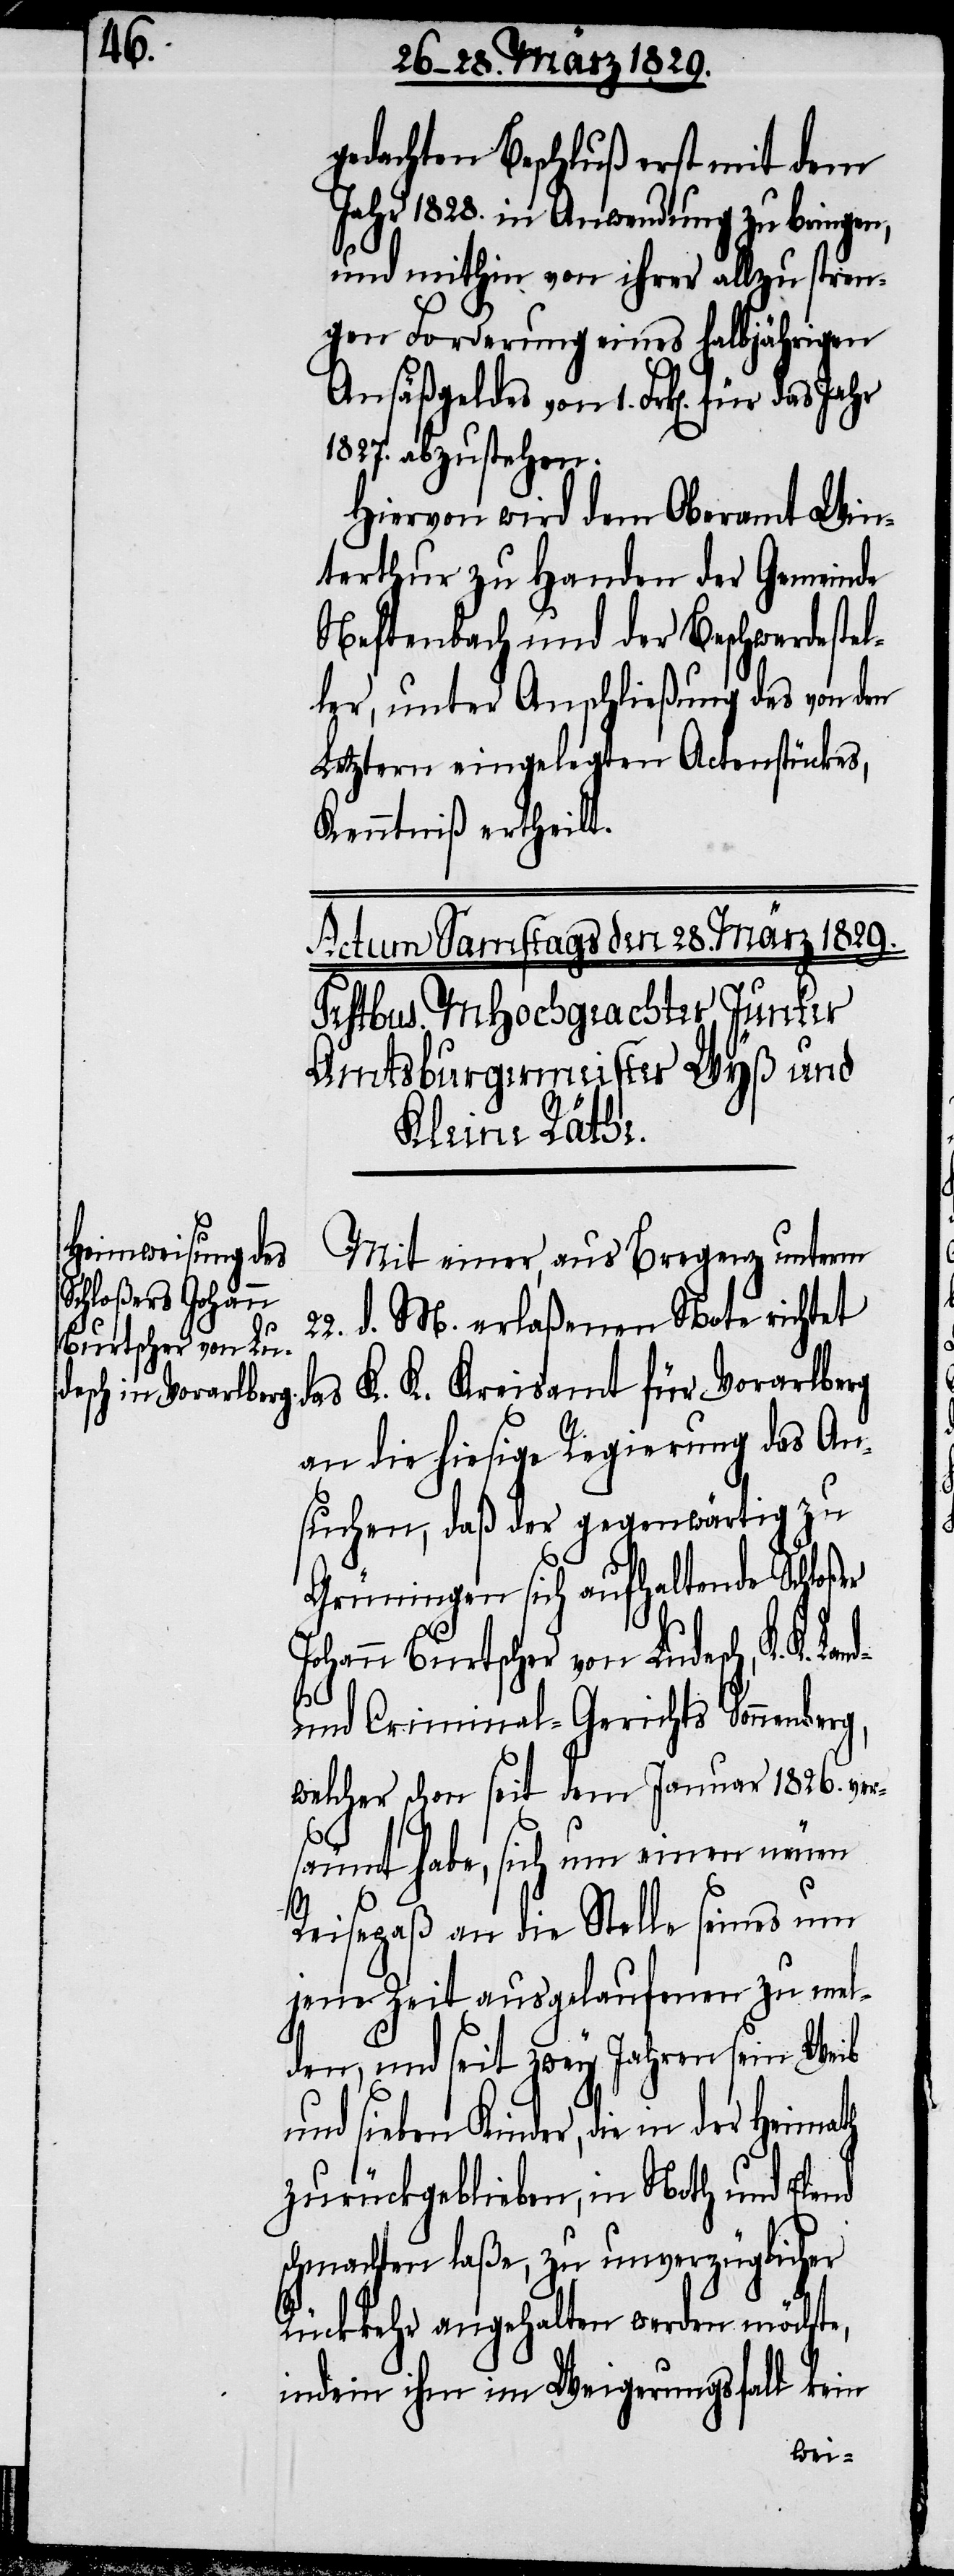
gedachten Beschluß erst mit dem
Jahr 1828. in Anwendung zu bringen,
und mithin von ihrer allzu stren¬
gen Forderung eines halbjährigen
Ansäßgeldes von 1. Frk[en]. für das
1827. abzustehen.
Hiervon wird dem Oberamt Win¬
terthur zu Handen der Gemeinde
Neftenbach und der Beschwerdeste¬
ler, unter Anschließung des von den
Letztern eingelegten Actenstückes,
Kenntniß ertheilt.
Mit einer, aus Bregenz unterm
22. d. M. erlaßenen Note richtet
das K. K. Kreisamt für Voralberg
an die hiesige Regierung das An¬
suchen, daß der gegenwärtig zu
Grüningen sich aufhaltende Schloßer
Johann Burtscher von Ludesch, K. K.
und Criminal-Gerichts Sonnenberg,
welcher schon seit dem Januar 1826. ver¬
l¬
säumt habe, sich um einen neuen
Reisepaß an die Stelle seines um
jene Zeit ausgelaufenen zu mel¬
den, und seit zwey Jahren sein Weib
und sieben Kinder, die in der
zurückgeblieben, in Noth und Elend
schmachten laße, zu unverzüglicher
Rückkehr angehalten werden möchte,
indem ihm im Weigerungsfall kein